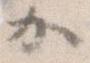
か